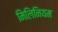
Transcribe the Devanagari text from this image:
मिलिनियम